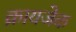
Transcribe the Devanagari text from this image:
क्रायजेक